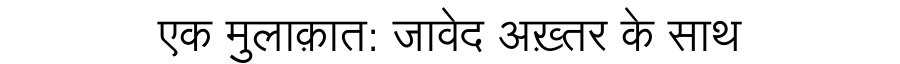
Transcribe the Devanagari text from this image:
एक मुलाक़ात: जावेद अख़्तर के साथ